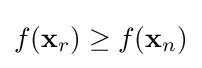
f(\mathbf {x} _{r})\geq f(\mathbf {x} _{n})